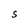
Character: S